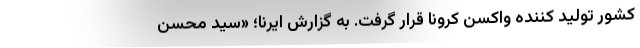
کشور تولید کننده واکسن کرونا قرار گرفت. به گزارش ایرنا؛ «سید محسن